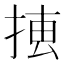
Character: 𢮨